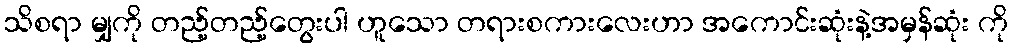
သိစရာ မျှကို တည့်တည့်တွေးပါ ဟူသော တရားစကားလေးဟာ အကောင်းဆုံးနဲ့အမှန်ဆုံး ကို